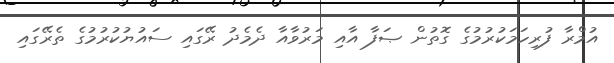
އުމްރާ ފުރިހަމަކުރުމުގެ ގޮތުން ޞަފާ އާއި މަރުވާއާ ދެމެދު ރޭގައި ސައުޔުކުރުމުގެ ތެރޭގައި